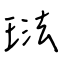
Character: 琺